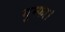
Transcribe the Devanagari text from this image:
गुम्फा।